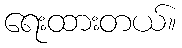
ရေးထားတယ်။